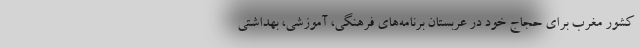
کشور مغرب برای حجاج خود در عربستان برنامه‌های فرهنگی، آموزشی، بهداشتی